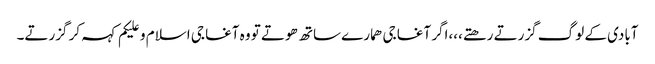
آبادی کے لوگ گزرتے رھتے،،،اگر آغا جی ھمارے ساتھ ھوتے تو وہ آغا جی اسلام و علیکم کہہ کر گزرتے۔